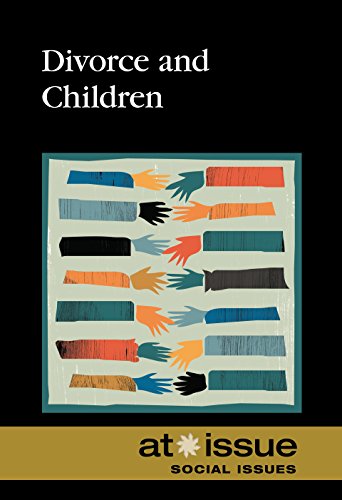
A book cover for Divorce and Children (At Issue); Roman Espejo; Teen & Young Adult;